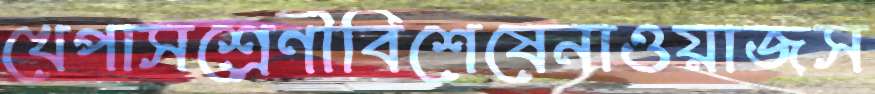
খেপাসশ্রেণীবিশেষেনাওয়াজস